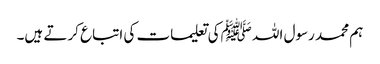
ہم محمد رسول اللہ ﷺکی تعلیمات کی اتباع کرتے ہیں۔